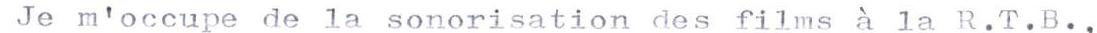
 Je m'occupe de la sonorisation des films à la R.T.B.,